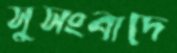
সুসংবাদে